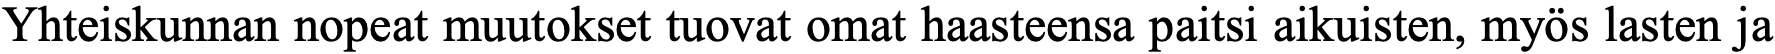
Yhteiskunnan nopeat muutokset tuovat omat haasteensa paitsi aikuisten, myös lasten ja